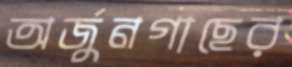
অর্জুনগাছের